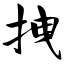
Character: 拽